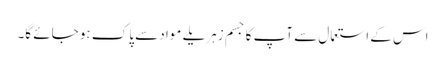
اس کے استعمال سے آپ کا جسم زہریلے مواد سے پاک ہو جائے گا۔